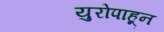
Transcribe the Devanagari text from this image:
युरोपाहून